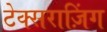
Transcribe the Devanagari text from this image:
टेक्सराज़िंग